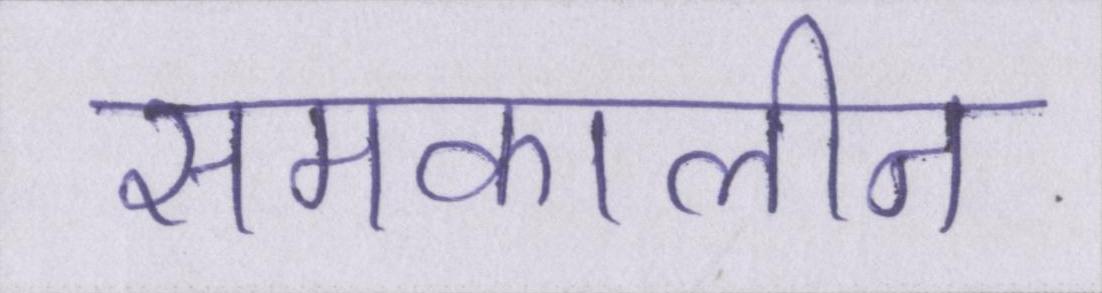
समकालीन